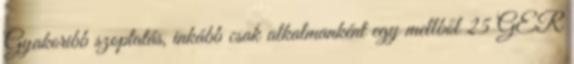
Gyakoribb szoptatás, inkább csak alkalmanként egy mellből 25 GER